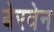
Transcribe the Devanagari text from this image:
बेरवेन